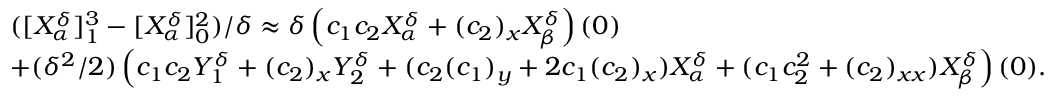
\begin{array} { r l } & { ( [ X _ { \alpha } ^ { \delta } ] _ { 1 } ^ { 3 } - [ X _ { \alpha } ^ { \delta } ] _ { 0 } ^ { 2 } ) / \delta \approx \delta \left( c _ { 1 } c _ { 2 } X _ { \alpha } ^ { \delta } + ( c _ { 2 } ) _ { x } X _ { \beta } ^ { \delta } \right) ( 0 ) } \\ & { + ( \delta ^ { 2 } / 2 ) \left( c _ { 1 } c _ { 2 } Y _ { 1 } ^ { \delta } + ( c _ { 2 } ) _ { x } Y _ { 2 } ^ { \delta } + ( c _ { 2 } ( c _ { 1 } ) _ { y } + 2 c _ { 1 } ( c _ { 2 } ) _ { x } ) X _ { \alpha } ^ { \delta } + ( c _ { 1 } c _ { 2 } ^ { 2 } + ( c _ { 2 } ) _ { x x } ) X _ { \beta } ^ { \delta } \right) ( 0 ) . } \end{array}